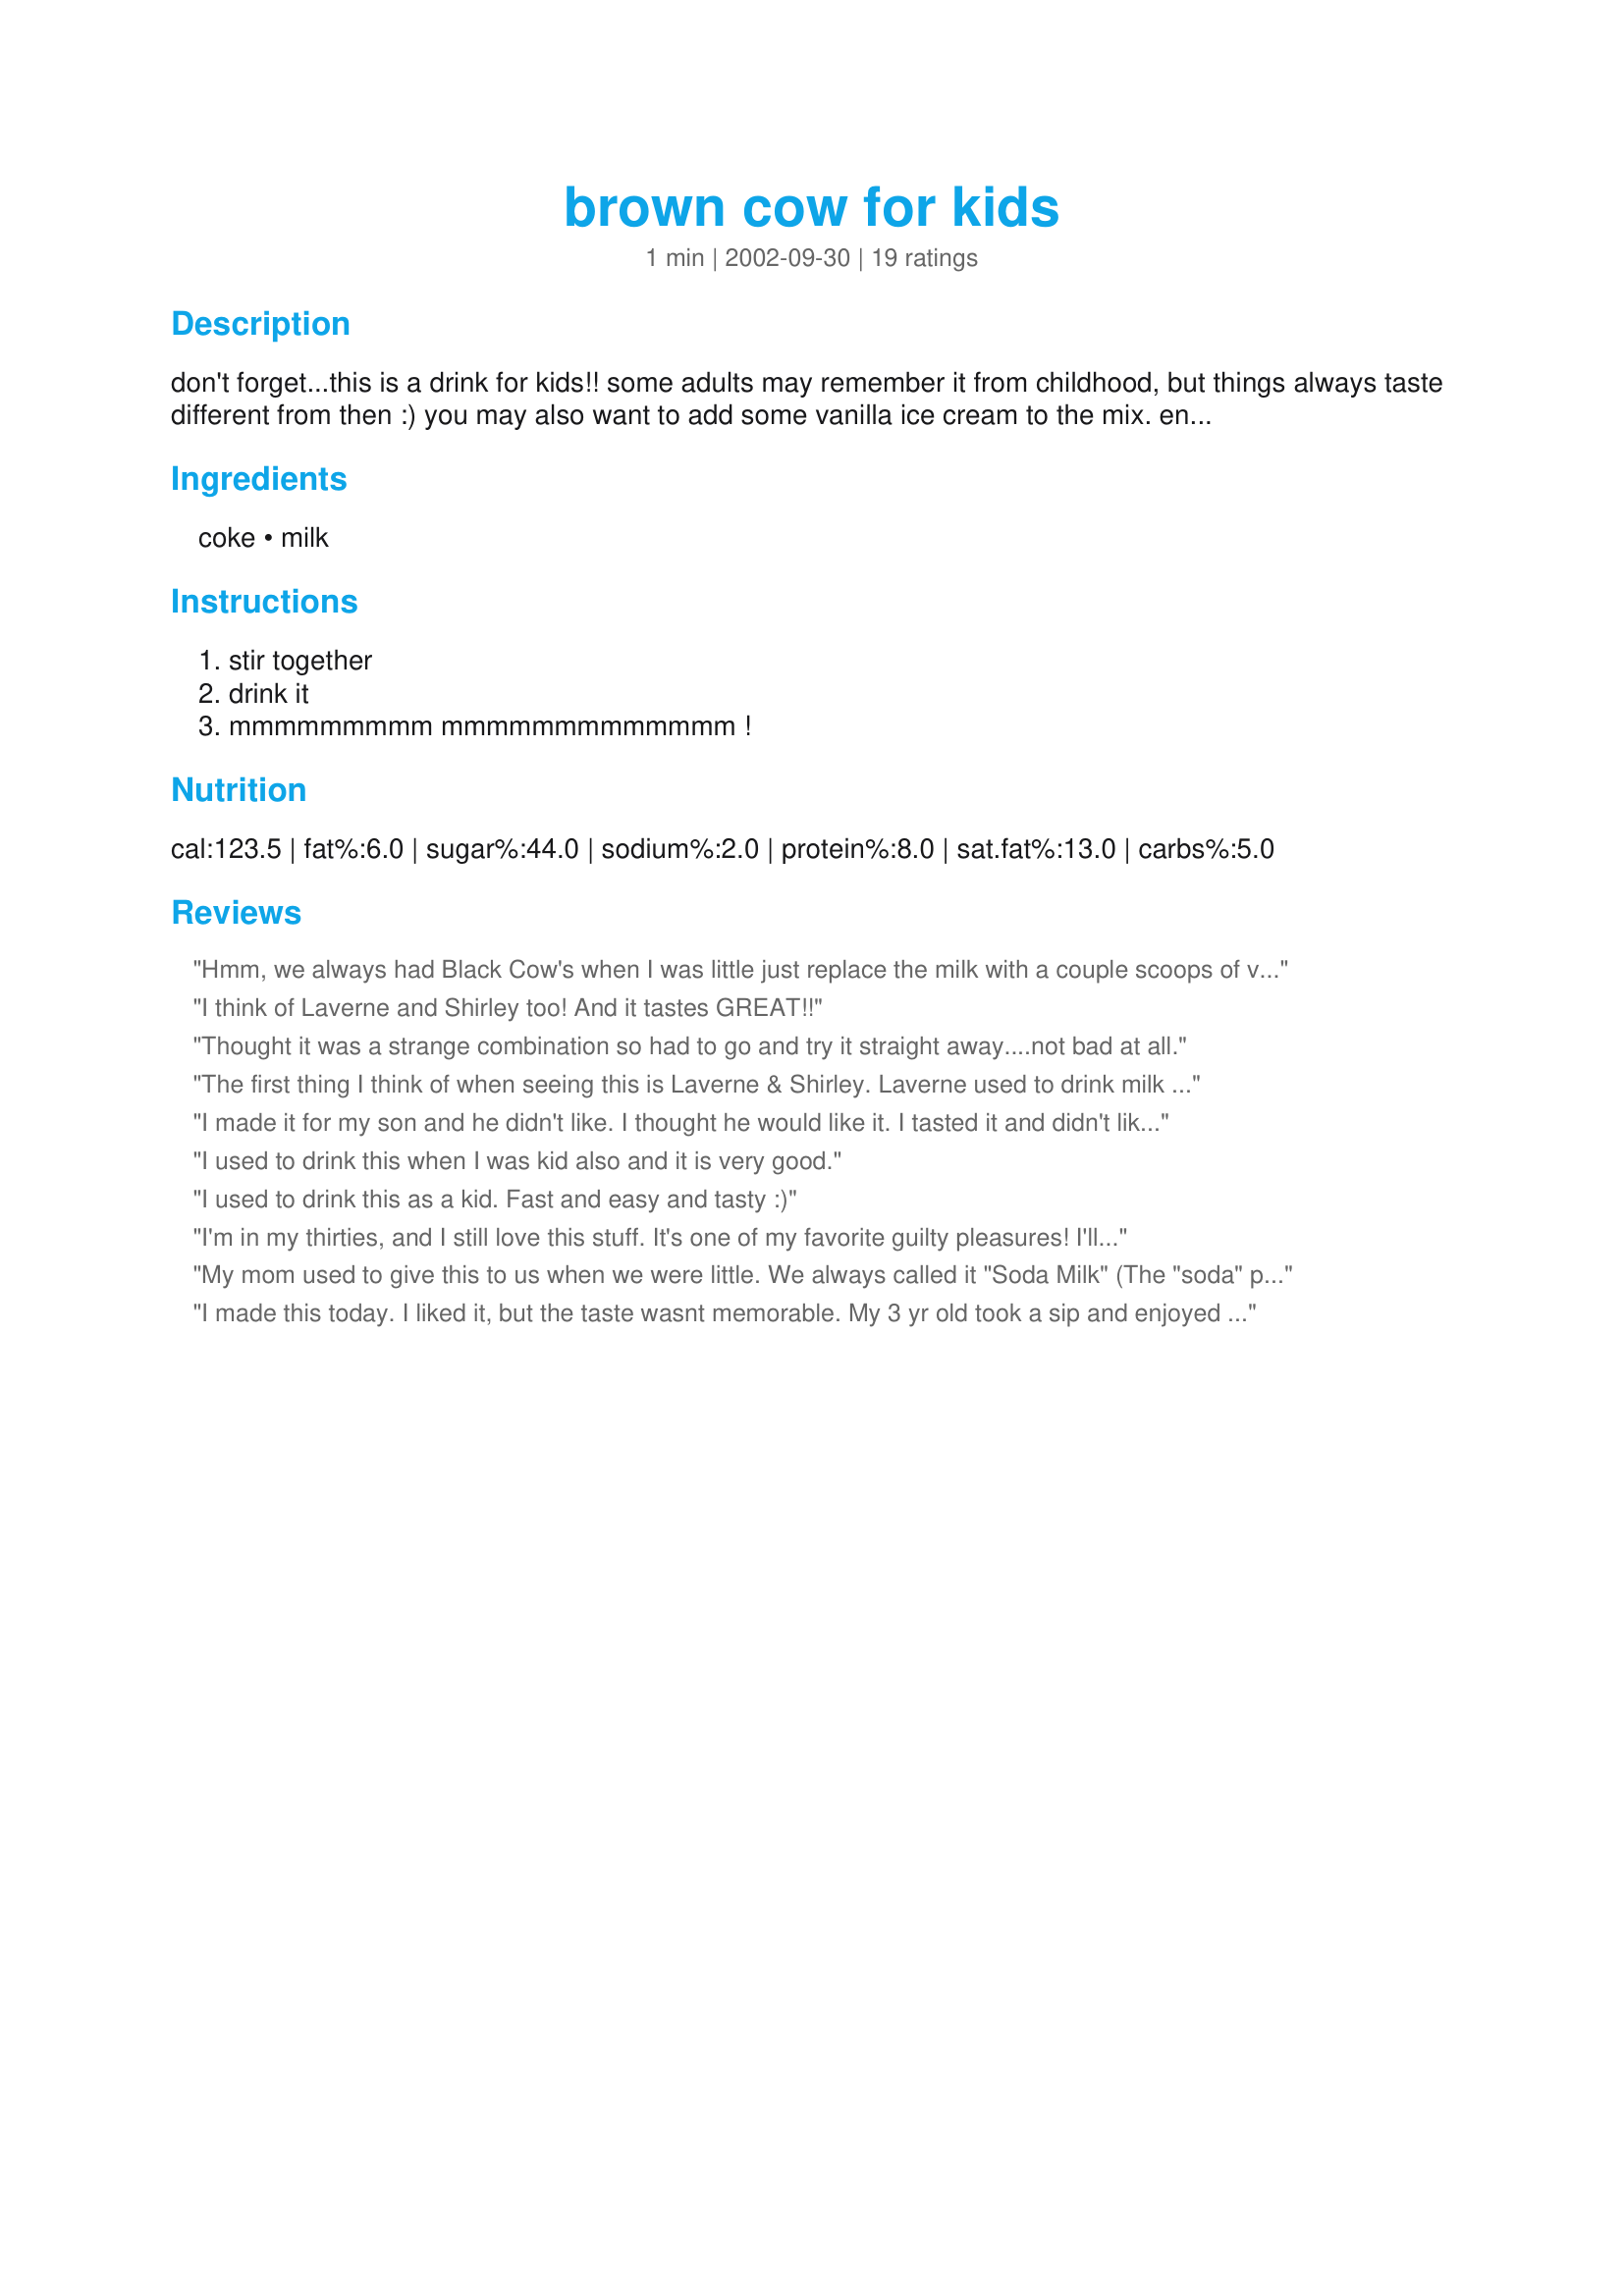
brown cow for kids
Preparation time: 1 minutes

don't forget...this is a drink for kids!! some adults may remember it from childhood, but things always taste different from then :) you may also want to add some vanilla ice cream to the mix. enjoy!

Ingredients:
coke, milk

Steps:
stir together, drink it, mmmmmmmmm mmmmmmmmmmmmm !

Reviews:
Hmm, we always had Black Cow's when I was little just replace the milk with a couple scoops of vanilla ice cream.
I think of Laverne and Shirley too! And it tastes GREAT!!
Thought it was a strange combination so had to go and try it straight away....not bad at all.
The first thing I think of when seeing this is Laverne & Shirley. Laverne used to drink milk & pepsi. For those of us old enough to remember that show. I've not been brave enough to try it though I don't care for milk to drink.
I made it for my son and he didn't like. I thought he would like it. I tasted it and didn't like it also. Thanks for posting. Made for Holiday tag game
I used to drink this when I was kid also and it is very good.
I used to drink this as a kid. Fast and easy and tasty :)
I'm in my thirties, and I still love this stuff. It's one of my favorite guilty pleasures! I'll have to remember to try it with root beer as ZziggysGal suggested. :)
My mom used to give this to us when we were little. We always called it "Soda Milk" (The "soda" part must be 'cause we are from the East coast). Whenever I tell people about this, they always make this horrendous face, as if to nonverbally exclaim, "That has to be the most DISGUSTING concoction in the ENTIRE existence of HUMANS!" Yeah, it's actually pretty funny. I think it's great though! Of course, I was given this before I was really able to rebel against my own food choices, I was WAY too young to move out, and I couldn't be trusted in a kitchen by myself yet. I'm hoping the Soda Milk gene is genetic (at least from my side - my husband is one of the disgusting face-makers). :)
I made this today. I liked it, but the taste wasnt memorable. My 3 yr old took a sip and enjoyed it but I probably wont make it again. Thanks though!
Prepared the Brown Cow with root beer. My youngest son age 9 heartily requested a second glass!
This is a big favourite with everyone in the family..Works well with lemonade to.
I made this recipe for the Summer 2006 Pick A Chef Contest. I actually did not make this drink for myself it is for my daughter and since she drank 3 glasses one right after the other in less than 15 minutes I guess that means she liked it!!!! Will be a definate repeat in this house for my daughter!!
Ahhh, memories! I LOVE this stuff. My mom use to make it when I was a teenager...that shows you how long this has been around! Just treated myself to this tonite. Yum!
Unfortunatly this was not a hit with my picky children. When I was a kid this would have been such a treat, but kids today are different. I guess they get to many treat to appreciate things like this. Having that said, my husband and I like it. We thought it tasted like floats. I try this again with my kids when they are a little older.
This brings back memories because my uncle would serve this to the kids at family functions so that we all felt that we had "special drinks" too. When I made this for my kids, they looked at me like I was nuts. Once they tried it they were surprised. Now it is their "special" drink.
I'm 45 and my dad used to make this for me when I was a kid. My kids laughed at me because they didn't think it was a real recipe. This is great, and I still occasionally make it for myself. Thanks for posting!
This is an old childhood fave of mine, too!! I'm almost 40 and I still drink it on occasion. I love it with rootbeer also. Thanks for sharing...it brings back memories...
This is a favorite from my childhood, too (from the show "Laverne and Shirley").It is similar to an Italian soda or a ice cream soda. It makes a satisfying low cal dessert. Thanks for posting, Loves2Teach.

Roxygirl
